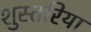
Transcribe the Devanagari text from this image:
शुस्तरिया